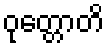
ဝုတ္တောတိ